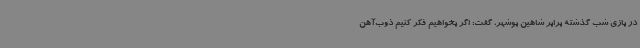
در بازی شب گذشته برابر شاهین بوشهر، گفت: اگر بخواهیم فکر کنیم ذوب‌آهن